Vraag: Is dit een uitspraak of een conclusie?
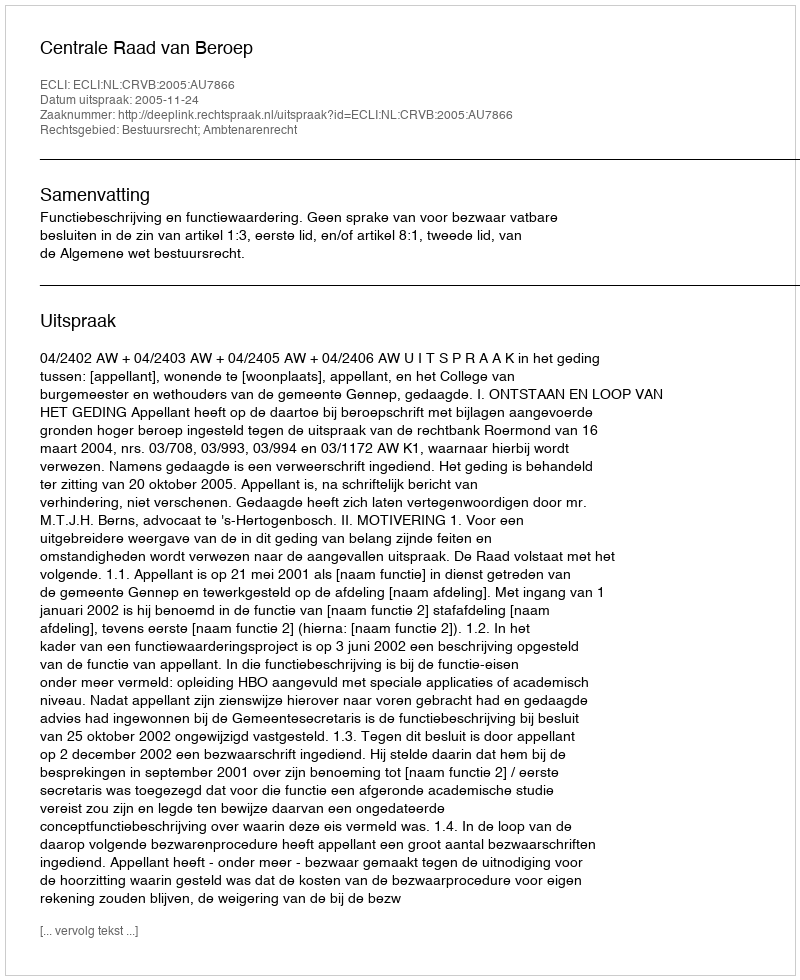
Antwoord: Uitspraak